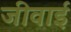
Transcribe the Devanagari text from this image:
जीवाई